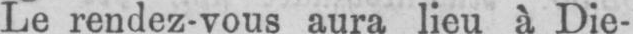
Le rendez-vous aura lieu à Die-